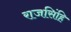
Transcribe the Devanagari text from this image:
राजसिंहि